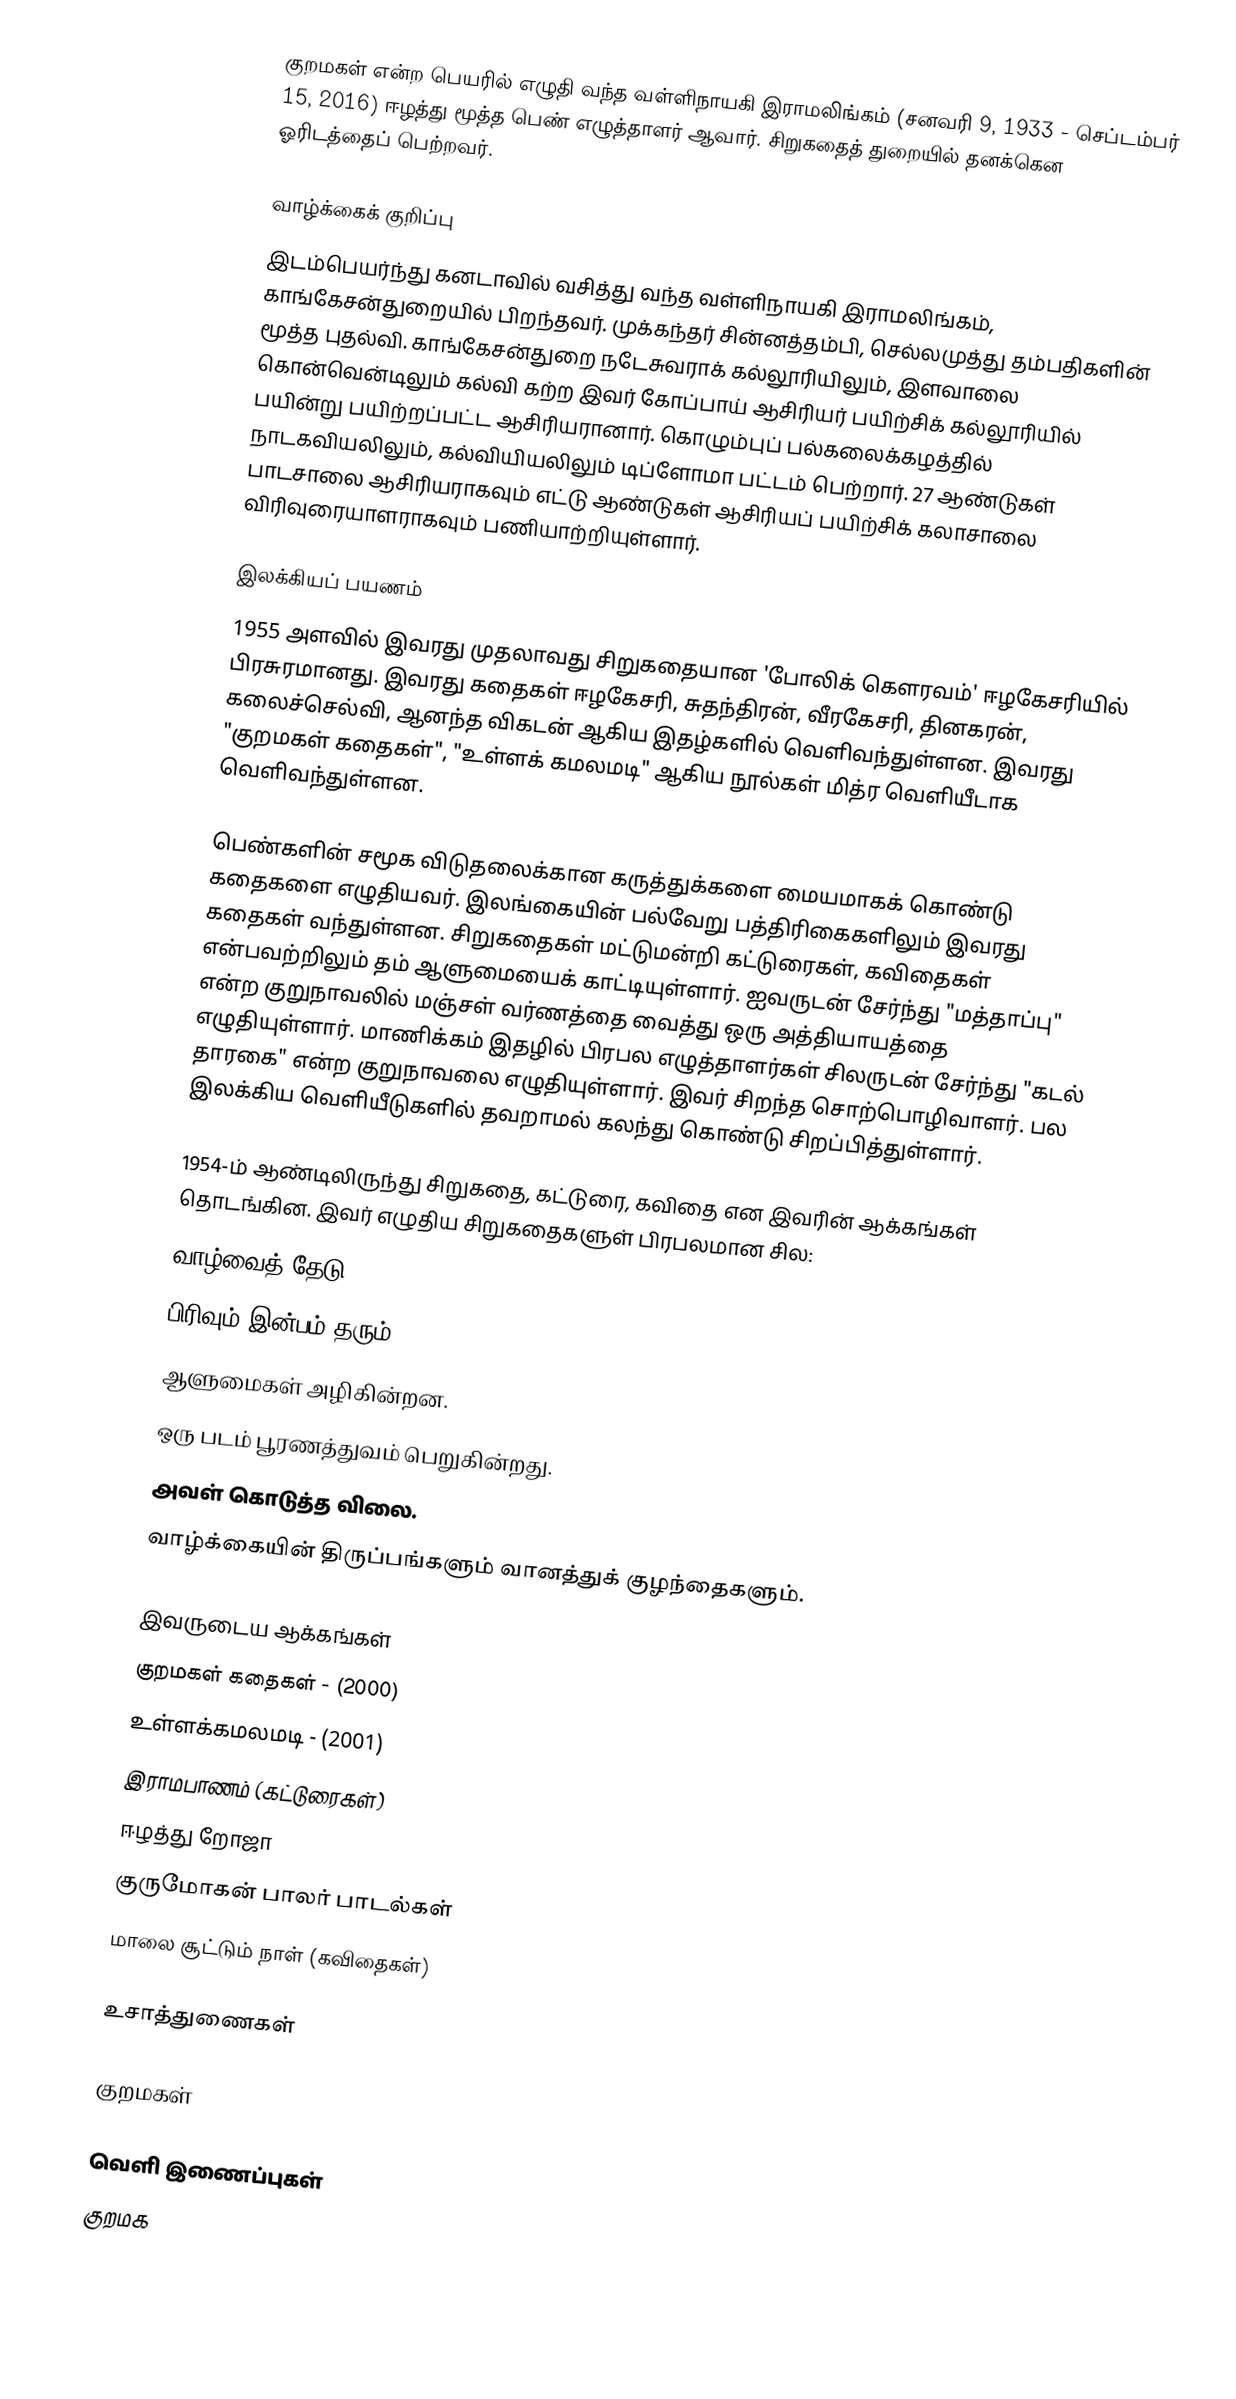
குறமகள் என்ற பெயரில் எழுதி வந்த வள்ளிநாயகி இராமலிங்கம் (சனவரி 9, 1933 - செப்டம்பர் 15, 2016) ஈழத்து மூத்த பெண் எழுத்தாளர் ஆவார். சிறுகதைத் துறையில் தனக்கென ஓரிடத்தைப் பெற்றவர்.

வாழ்க்கைக் குறிப்பு
இடம்பெயர்ந்து கனடாவில் வசித்து வந்த வள்ளிநாயகி இராமலிங்கம், காங்கேசன்துறையில் பிறந்தவர். முக்கந்தர் சின்னத்தம்பி, செல்லமுத்து தம்பதிகளின் மூத்த புதல்வி. காங்கேசன்துறை நடேசுவராக் கல்லூரியிலும், இளவாலை கொன்வென்டிலும் கல்வி கற்ற இவர் கோப்பாய் ஆசிரியர் பயிற்சிக் கல்லூரியில் பயின்று பயிற்றப்பட்ட ஆசிரியரானார். கொழும்புப் பல்கலைக்கழத்தில் நாடகவியலிலும், கல்வியியலிலும் டிப்ளோமா பட்டம் பெற்றார். 27 ஆண்டுகள் பாடசாலை ஆசிரியராகவும் எட்டு ஆண்டுகள் ஆசிரியப் பயிற்சிக் கலாசாலை விரிவுரையாளராகவும் பணியாற்றியுள்ளார்.

இலக்கியப் பயணம்
1955 அளவில் இவரது முதலாவது சிறுகதையான 'போலிக் கௌரவம்' ஈழகேசரியில் பிரசுரமானது. இவரது கதைகள் ஈழகேசரி, சுதந்திரன், வீரகேசரி, தினகரன், கலைச்செல்வி, ஆனந்த விகடன் ஆகிய இதழ்களில் வெளிவந்துள்ளன.  இவரது "குறமகள் கதைகள்", "உள்ளக் கமலமடி" ஆகிய நூல்கள் மித்ர வெளியீடாக வெளிவந்துள்ளன.

பெண்களின் சமூக விடுதலைக்கான கருத்துக்களை மையமாகக் கொண்டு கதைகளை எழுதியவர். இலங்கையின் பல்வேறு பத்திரிகைகளிலும் இவரது கதைகள் வந்துள்ளன. சிறுகதைகள் மட்டுமன்றி கட்டுரைகள், கவிதைகள் என்பவற்றிலும் தம் ஆளுமையைக் காட்டியுள்ளார். ஐவருடன் சேர்ந்து "மத்தாப்பு" என்ற குறுநாவலில் மஞ்சள் வர்ணத்தை வைத்து ஒரு அத்தியாயத்தை எழுதியுள்ளார். மாணிக்கம் இதழில் பிரபல எழுத்தாளர்கள் சிலருடன் சேர்ந்து "கடல் தாரகை" என்ற குறுநாவலை எழுதியுள்ளார். இவர் சிறந்த சொற்பொழிவாளர். பல இலக்கிய வெளியீடுகளில் தவறாமல் கலந்து கொண்டு சிறப்பித்துள்ளார்.

1954-ம் ஆண்டிலிருந்து சிறுகதை, கட்டுரை, கவிதை என இவரின் ஆக்கங்கள் தொடங்கின. இவர் எழுதிய சிறுகதைகளுள் பிரபலமான சில:
 வாழ்வைத் தேடு.
 பிரிவும் இன்பம் தரும்.
 ஆளுமைகள் அழிகின்றன.
 ஒரு படம் பூரணத்துவம் பெறுகின்றது.
 அவள் கொடுத்த விலை.
 வாழ்க்கையின் திருப்பங்களும் வானத்துக் குழந்தைகளும்.

இவருடைய ஆக்கங்கள்
 குறமகள் கதைகள் - (2000)
 உள்ளக்கமலமடி - (2001)
 இராமபாணம் (கட்டுரைகள்)
 ஈழத்து றோஜா
 குருமோகன் பாலர் பாடல்கள்
 மாலை சூட்டும் நாள் (கவிதைகள்)

உசாத்துணைகள்

குறமகள்

வெளி இணைப்புகள்
குறமக